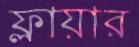
ফ্লায়ার